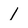
Character: 1